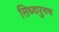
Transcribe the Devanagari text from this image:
सिध्दपुरुष